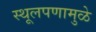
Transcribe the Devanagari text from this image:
स्थूलपणामुळे